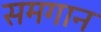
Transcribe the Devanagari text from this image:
समगान